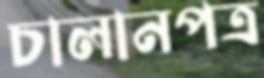
চালানপত্র